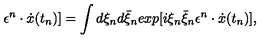
\epsilon ^ { n } \cdot \dot { x } ( t _ { n } ) ] = \int d \xi _ { n } d \bar { \xi } _ { n } e x p [ i \xi _ { n } \bar { \xi } _ { n } \epsilon ^ { n } \cdot \dot { x } ( t _ { n } ) ] ,